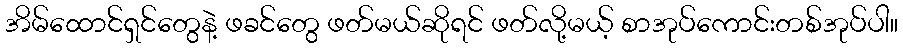
အိမ်ထောင်ရှင်တွေနဲ့ ဖခင်တွေ ဖတ်မယ်ဆိုရင် ဖတ်လို့မယ့် စာအုပ်ကောင်းတစ်အုပ်ပါ။